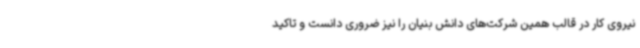
نیروی کار در قالب همین شرکت‌های دانش بنیان را نیز ضروری دانست و تاکید